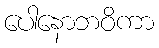
ပေါနောဘဝိကာ